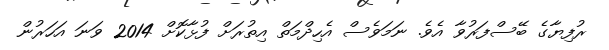
ރުފިޔާގެ ބޭސްފަރުވާ އެވެ. ނަމަވެސް އެހިދްމަތް އިތުރަށް ފުޅާކޮށް 2014 ވަނަ އަހަރުން